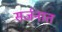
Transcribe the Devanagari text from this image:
सर्जनात